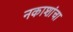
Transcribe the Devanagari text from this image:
नकाशांचा